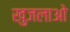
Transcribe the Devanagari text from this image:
खुजलाओ